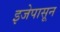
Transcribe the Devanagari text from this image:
इजेपासून